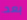
بعد